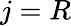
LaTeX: j=R